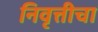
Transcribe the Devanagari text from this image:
निवृत्तीचा